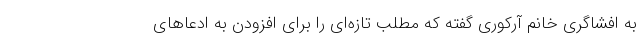
به افشاگری خانم آرکوری گفته که مطلب تازه‌ای را برای افزودن به ادعاهای